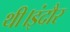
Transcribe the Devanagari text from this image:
थी।इंदौर